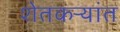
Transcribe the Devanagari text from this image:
शेतकऱ्यांत